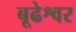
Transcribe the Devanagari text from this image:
बूढेश्वर